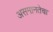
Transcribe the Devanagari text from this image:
असमानतेचा